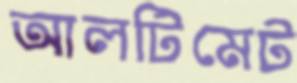
আলটিমেট